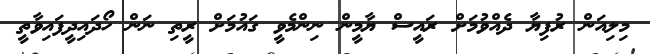
މިލިއަން ރުފިޔާ ދެއްވުމަށް ރައީސް ޔާމީން ނިންމެވީ ގައުމަށް ރީތި ނަން ހޯދައިދީފައިވާތީ